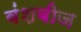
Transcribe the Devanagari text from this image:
वंशबीज